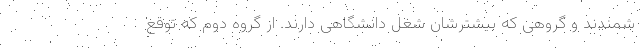
شمندند و گروهی که بیشترشان شغل دانشگاهی دارند. از گروه دوم که توقع